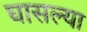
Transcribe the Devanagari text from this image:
घासल्या